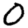
Digit: 0